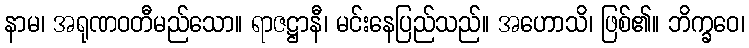
နာမ၊ အရုဏဝတီမည်သော။ ရာဇဋ္ဌာနီ၊ မင်းနေပြည်သည်။ အဟောသိ၊ ဖြစ်၏။ ဘိက္ခဝေ၊